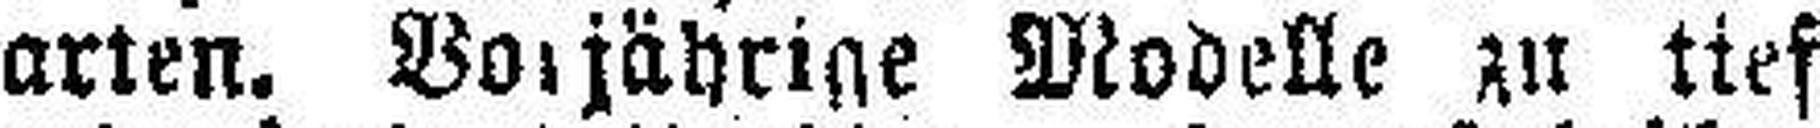
arten. Vorjährige Modelle zu tief